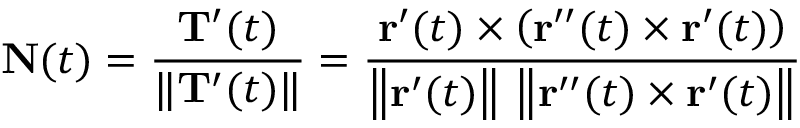
\mathbf { N } ( t ) = { \frac { \mathbf { T } ^ { \prime } ( t ) } { \| \mathbf { T } ^ { \prime } ( t ) \| } } = { \frac { \mathbf { r } ^ { \prime } ( t ) \times \left( \mathbf { r } ^ { \prime \prime } ( t ) \times \mathbf { r } ^ { \prime } ( t ) \right) } { \left\| \mathbf { r } ^ { \prime } ( t ) \right\| \, \left\| \mathbf { r } ^ { \prime \prime } ( t ) \times \mathbf { r } ^ { \prime } ( t ) \right\| } }